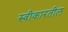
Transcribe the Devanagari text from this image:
स्वीकारतील